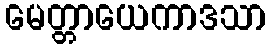
မေတ္တာယေကာဒသာ